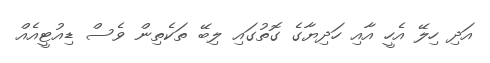
އަދި ހިލޭ އެހީ އާއި ހަދިޔާގެ ގޮތުގައި ލިބޭ ތަކެތިން ވެސް ޑިއުޓީއެއް